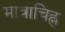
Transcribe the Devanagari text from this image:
मात्राचिह्न